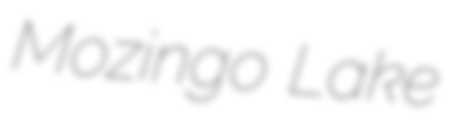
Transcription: Mozingo Lake